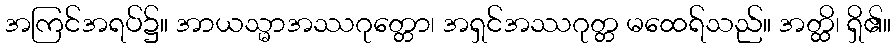
အကြင်အရပ်၌။ အာယသ္မာအဿဂုတ္တော၊ အရှင်အဿဂုတ္တ မထေရ်သည်။ အတ္ထိ၊ ရှိ၏။